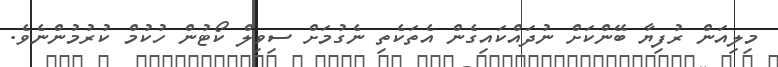
މިލިއަން ރުފިޔާ ބޭންކަށް ނުދައްކައިގެން އެތަކެތި ނެގުމަށް ސިވިލް ކޯޓުން ހުކުމް ކުރުމުންނެވެ.